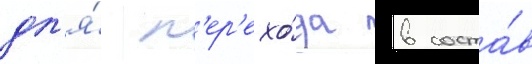
дл'я́ п'ер'ехо́да в соста́в